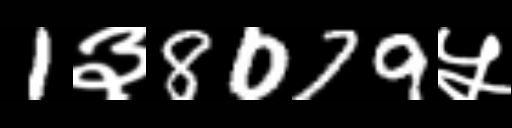
Text: 1३8079५